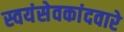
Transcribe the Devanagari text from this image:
स्वयंसेवकांदवारे